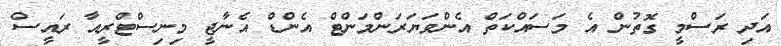
އަދި ރަސްމީ ގޮތުން އެ މަސައްކަތް އެންވަޔަރަންމަންޓް އެންޑް އެނާޖީ މިނިސްޓްރީއާ ރައީސް